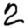
Digit: 2